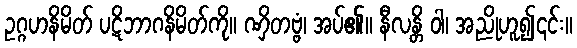
ဥဂ္ဂဟနိမိတ် ပဋိဘာဂနိမိတ်ကို။ ဏှိတဗ္ဗံ၊ အပ်၏။ နီလန္တိ ဝါ၊ အညိုဟူ၍၎င်း။